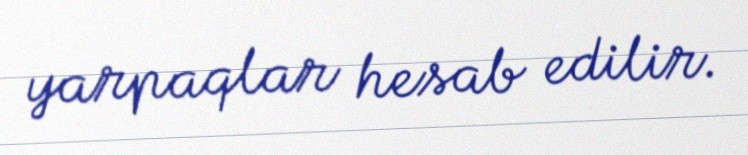
yarpaqlar hesab edilir.